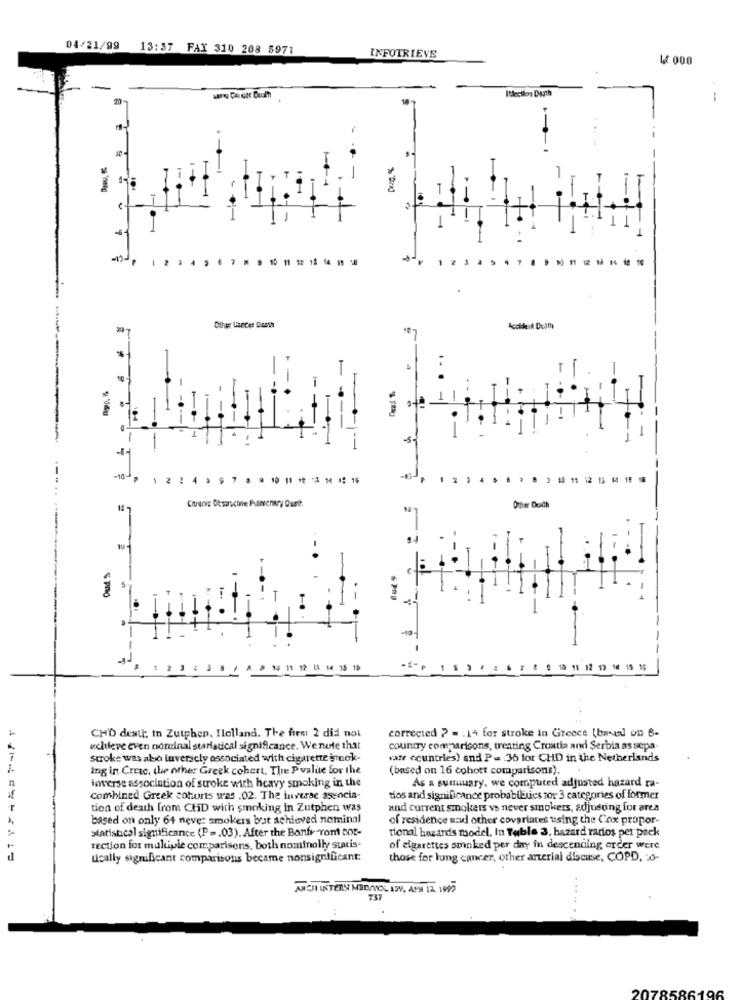
04/21/99
13:37 FAX 310 208 5971
INFOTRIEVE
₩ 000
Itlection Dasth
-
30
-
-
7 W 9 10 11 1: 15 14 18 20
Other Cancer Dasth
Accide :A 06pm
-
-10- p
2 2 4 1 9 7 1 9 10 11 1 3 1 19 16
10 11 12 13 14 15 16
$ pro
-
19 11 12 18 14 15 16
10 11 12 19 14 15 16
corrected ? = . 14 for stroke in Greece [based on B-
CHO desti; in Zutphen, Ilolland. The first 2 did not
achieve even noreinal stariatical significance. We nute that
country comparisons, treating Croatia and Serbia as sepa-
stroke was also tuverscly associated with cigarette smok-
vate countries) and P = 36 for CHD in the Netherlands
1
ing in Creac, the other Greek cohert. The Pvalue for the
(based on 16 cohott comparisons).
inverse association of stroke with heavy smoking in the
As a sunuuary, we computed adjusted hazard ra-
combined Greek cohorts was .02. The inverse associa
dios and significance probabilities zor 3 categories of former
tion of death from CHD with smoking in Zutphen was
and current smokers vs never smokers, adjusting for area
based on only 64 never smokers but achieved nominal
of residence and other covariates using the Cox propor-
statistical significance (P =. 03). After the Bonfr "Yont DOt-
tional hazards model. In Table 3, hazard rarios per pack
rection for multiple comparisons, both nominally staris-
of cigarettes smoked per day in descending order were
d
uically significant comparisons became nonsignificant:
those for lung cancer, other arterial disease, COPD, o-
ANOI INTERN MED/MOL 199, APR 12 197
.4